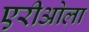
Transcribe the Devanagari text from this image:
एरीओला